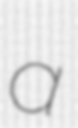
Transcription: a